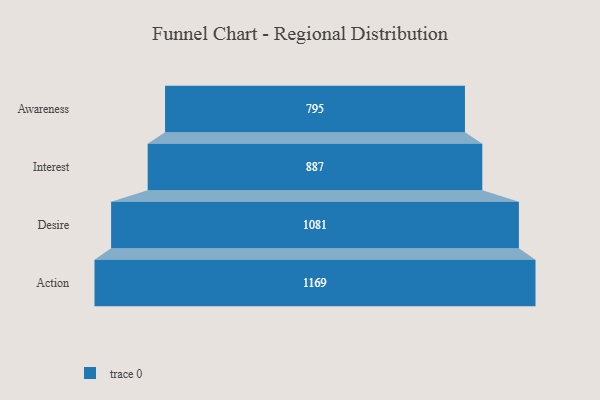
{"axis": {"x": "Stage", "y": "Value"}, "legend": [""], "data": [{"x": "Awareness", "y": 795.0, "type": ""}, {"x": "Interest", "y": 887.0, "type": ""}, {"x": "Desire", "y": 1081.0, "type": ""}, {"x": "Action", "y": 1169.0, "type": ""}]}